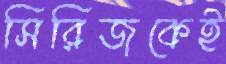
সিরিজকেই